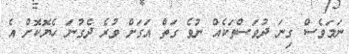
ނަމަވެސް ގިނަ ދުވަސްތަކެއް ނުވެ ގަތް އަގަށް ވުރެ ދެގުނަ ހެޔޮކޮށް އެ